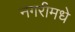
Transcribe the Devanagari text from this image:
नगरीमधे